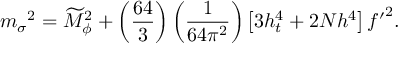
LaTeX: { m _ { \sigma } } ^ { 2 } = \widetilde { M } _ { \phi } ^ { 2 } + \left( \frac { 6 4 } { 3 } \right) \left( \frac { 1 } { 6 4 \pi ^ { 2 } } \right) \left[ 3 h _ { t } ^ { 4 } + 2 N h ^ { 4 } \right] { f ^ { \prime } } ^ { 2 } .